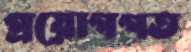
প্রয়োগগত